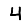
Digit: 4